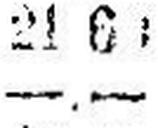
—.—